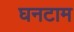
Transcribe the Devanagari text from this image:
घनटाम